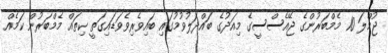
ޖުމްލަ 10 މެމްބަރުންގެ ޖޭއެސްސީގެ މިއަދުގެ ބައްދަލުވުމުގައި ބައިވެރިވެވަޑައިގަތީ ކިތައް މެމްބަރުން ކަމެއް